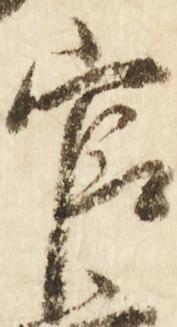
官